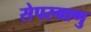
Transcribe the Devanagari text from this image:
सेपरमाणु